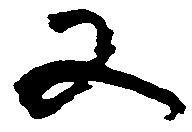
又